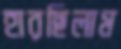
হারছিলাম